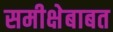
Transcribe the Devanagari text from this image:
समीक्षेबाबत